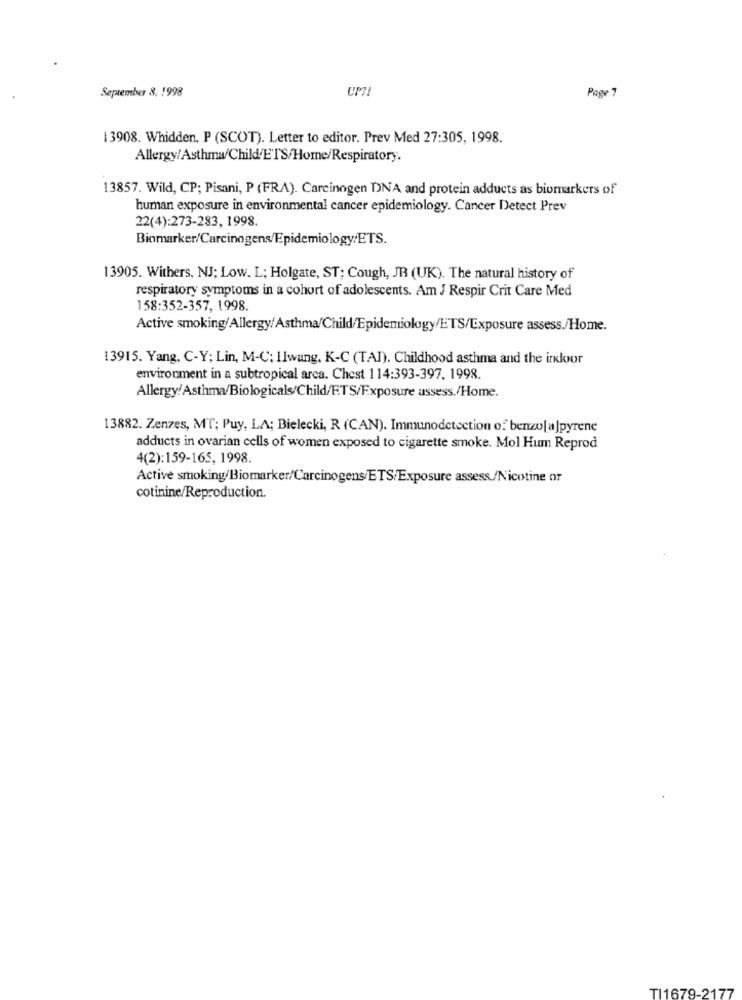
September 8. 1998
UP ?!
Page 7
1 3908. Whidden, P (SCOT). Letter to editor. Prev Med 27:305, 1998.
Allergy/Asthma/Child'ETS/Home/Respiratory.
13857. Wild, CP; Pisani, P (FRA). Carcinogen DNA and protein adducts as biomarkers of
human exposure in environmental cancer epidemiology. Cancer Detect Prev
22(4):273-283, 1998.
Biomarker/Carcinogens/Epidemiology/ETS.
13905. Withers, NJ; Low. L; Holgate, ST; Cough, JR (UK). The natural history of
respiratory symptoms in a cohort of adolescents. Am J Respir Crit Care Med
158:352-357, 1998.
Active smoking/Allergy/Asthma/Child/Epidemiology/ETS/Exposure assess./Home.
13915. Yang, C-Y; Lin, M-C; Ilwang, K-C (TAI). Childhood asthma and the inklour
environment in a subtropical arca. Chest 114:393-397, 1998.
Allergy/Asthma/Biologicals/Child/ETS/Exposure assess./Home.
13882. Zenzes, MT; Puy, LA; Bielecki, R (CAN). Immunodetection of benzu[ a]pyrene
adducts in ovarian cells of women exposed to cigarette smoke. Mol Hum Reprod
4(2):159-165, 1998.
Active smoking/Biomarker/Carcinogens/ETS/Exposure assess./Nicotine or
cotinine/Reproduction.
TI1679-2177